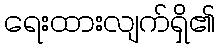
ရေးထားလျက်ရှိ၏